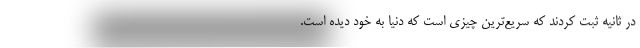
در ثانیه ثبت کردند که سریع‌ترین چیزی است که دنیا به خود دیده است.